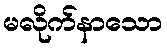
မလိုက်နာသော